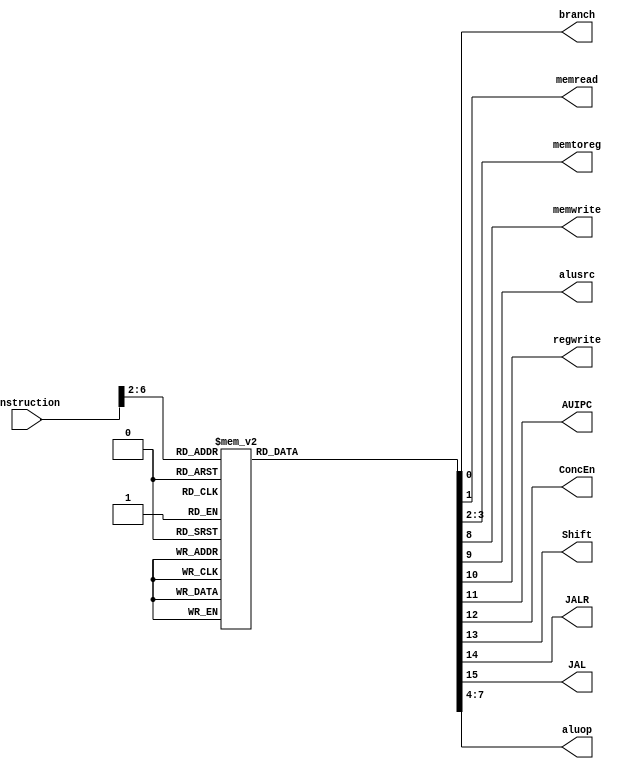
//`include "defines.v"
/*`define     OPCODE_Branch   5'b11_000
`define     OPCODE_Load     5'b00_000
`define     OPCODE_Store    5'b01_000
`define     OPCODE_JALR     5'b11_001
`define     OPCODE_JAL      5'b11_011
`define     OPCODE_Arith_I  5'b00_100
`define     OPCODE_Arith_R  5'b01_100
`define     OPCODE_AUIPC    5'b00_101
`define     OPCODE_LUI      5'b01_101*/
module control_unit(input[31:0] instruction, output reg branch, memread, output reg[1:0]memtoreg, output reg memwrite, alusrc, regwrite, AUIPC, ConcEn, Shift, JALR, JAL, output reg[3:0] aluop);

    always @(instruction) begin
        case(instruction[6:2])
            5'b01_100: begin
                branch = 1'b0; memread = 1'b0; memtoreg = 2'b00; aluop = 2'b10; memwrite = 1'b0; alusrc = 1'b0; regwrite = 1'b1; 
                AUIPC = 1'b0; ConcEn = 1'b0; Shift = 1'b0; JALR =1'b0; JAL = 1'b0; 
            end
            5'b00_000: begin
                branch = 1'b0; memread = 1'b1; memtoreg = 2'b01; aluop = 2'b00; memwrite = 1'b0; alusrc = 1'b1; regwrite = 1'b1; 
                AUIPC = 1'b0; ConcEn = 1'b0; Shift = 1'b0; JALR =1'b0; JAL = 1'b0;
            end
            5'b01_000: begin
                branch = 1'b0; memread = 1'b0; memtoreg = 2'b00; aluop = 2'b00; memwrite = 1'b1; alusrc = 1'b1; regwrite = 1'b0; 
                AUIPC = 1'b0; ConcEn = 1'b0; Shift = 1'b0; JALR =1'b0; JAL = 1'b0;
            end                                           
            5'b11_000: begin                               
                branch = 1'b1; memread = 1'b0; memtoreg = 2'b00; aluop = 2'b01; memwrite = 1'b0; alusrc = 1'b0; regwrite = 1'b0; 
                AUIPC = 1'b0; ConcEn = 1'b0; Shift = 1'b1; JALR =1'b0; JAL = 1'b0;
            end                                           
            5'b00_101: begin                               
                branch = 1'b0; memread = 1'b0; memtoreg = 2'b00; aluop = 2'b00; memwrite = 1'b0; alusrc = 1'b1; regwrite = 1'b1; 
                AUIPC = 1'b1; ConcEn = 1'b1; Shift = 1'b0; JALR =1'b0; JAL = 1'b0;
            end                                           
            5'b00_100: begin                               
                branch = 1'b0; memread = 1'b0; memtoreg = 2'b00; aluop = 2'b10; memwrite = 1'b0; alusrc = 1'b1; regwrite = 1'b1; 
                AUIPC = 1'b0; ConcEn = 1'b0; Shift = 1'b0; JALR =1'b0; JAL = 1'b0;
            end                                           
            5'b11_011: begin                               
                branch = 1'b0; memread = 1'b0; memtoreg = 2'b10; aluop = 2'b00; memwrite = 1'b0; alusrc = 1'b1; regwrite = 1'b1; 
                AUIPC = 1'b0; ConcEn = 1'b0; Shift = 1'b0; JALR =1'b0; JAL = 1'b1;
            end                                           
            5'b11_001: begin                               
                branch = 1'b0; memread = 1'b0; memtoreg = 2'b10; aluop = 2'b00; memwrite = 1'b0; alusrc = 1'b1; regwrite = 1'b1; 
                AUIPC = 1'b0; ConcEn = 1'b0; Shift = 1'b0; JALR =1'b1; JAL = 1'b0;
            end                                           
            5'b01_101: begin                               
                branch = 1'b0; memread = 1'b0; memtoreg = 2'b11; aluop = 2'b11; memwrite = 1'b0; alusrc = 1'b1; regwrite = 1'b1; 
                AUIPC = 1'b0; ConcEn = 1'b1; Shift = 1'b0; JALR =1'b0; JAL = 1'b0;
            end                                           
            default: begin                                
                branch = 1'b0; memread = 1'b0; memtoreg = 2'b00; aluop = 2'b10; memwrite = 1'b0; alusrc = 1'b0; regwrite = 1'b0; 
                AUIPC = 1'b0; ConcEn = 1'b0; Shift = 1'b0; JALR =1'b0; JAL = 1'b0;
            end
        endcase
    end
endmodule